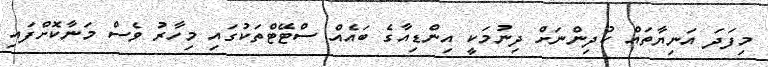
މިފަދަ އަނިޔާތައް ކުދިންނަށް ދިނުމަކީ އިންޑިއާގެ ބައެއް ސްޓޭޓްތަކުގައި މިހާރު ވެސް މަނާކޮށްފައި